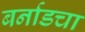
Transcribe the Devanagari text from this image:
बर्नाडचा